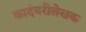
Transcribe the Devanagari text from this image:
कादंबरीलेखक